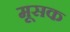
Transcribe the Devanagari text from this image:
मूसक